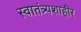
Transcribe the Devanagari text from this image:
स्वातंत्र्यशाहीर